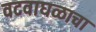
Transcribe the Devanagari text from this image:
वटवाघळाचा